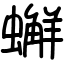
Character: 𧒻